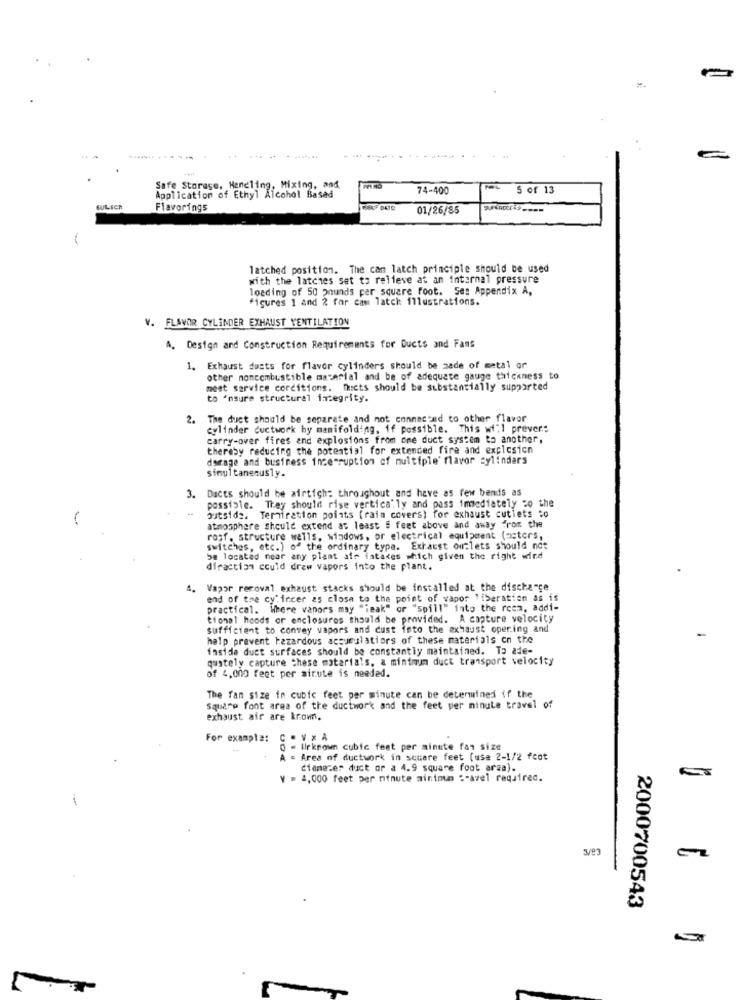
Safe Storage, Handling, Mixing, and
74-400
5 of 13
Application of Ethyl Alcohol Based
WULICH
Flavorings
OF DATE
01/26/85
-
latched position. The cam latch principle should be used
with the latches set to relieve at an Internal pressure
loading of 50 pounds per square foot. See Appendix A,
figures 1 and 2 for cam latck illustrations.
V. FLAVOR CYLINDER EXHAUST VENTILATION
A. Design and Construction Requirements for Ducts and Fans
1. Exhaust dusts for flavor cylinders should be zede of metal or
other noncombustible material and be of adequate gauge thickness to
meet service corditions. fhiets should be substantially supported
to "msure structural integrity.
2. The duct should be separate and not connected to other flavor
cylinder ductwork hy manifolding. if possible. This wi"1 prever:
carry-over fires and explosions from one duct system to another,
thereby reducing the potential for extended fire and explcsicn
damage and business ince ruption of multiple' flavor cylindars
simultaneously.
Dacts should be airtich: throughout and have as few bends as
3.
possible. They should rise vertically and pass immediately co the
(
outside. Terniration points (rain covers) for exhaust cutlets :o
atmosphere should extend at least # feet above and away from the
rost. structure wells, windows, or electrical equipment (asters,
switches, etc.) of the ordinary type. Exhaust outlets should not
be located near any plant afr iatakes which given the right wind
diraction could draw vapors into the plant.
Vapor reroval exhaust stacks should be installed at the discharge
end of the cy'incer 25 close to the point of vapor liberation as is
practical. Where vapors may "Teak" or "spill" into the room, addi-
tional hoods or enclosures should be provided. A capture velocity
sufficient to convey vapors and cust into the exhaust opening and
help prevent hazardous accumulatiors of these materials cn the
faside duct surfaces should be constantly maintained. To ade-
quitely capture these materials, a minimum duct transport velocity
of 4,000 feet per airute is needed.
The fan size in cubic feet per minute can be determined if the
Square font area of the ductwork and the feet per minute travel of
exhaust air are krom.
For example: C . V x A
0 - firknown cubic feet per minute fan size
A = Area of ductwork in square feet (use 2-1/2 fcot
dianezer duct or a 4.9 square foot arsa).
Y = 4,000 feet per minute minimum :- avel required.
2000700543